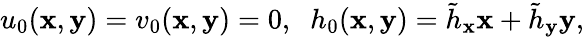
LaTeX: u_{0}(\mathbf{x},\mathbf{y})=v_{0}(\mathbf{x},\mathbf{y})=0,\; \; h_{0}(\mathbf{x},\mathbf{y})=\tilde{{h}}_{\mathbf{x}}\mathbf{x}+\tilde{{h}}_{\mathbf{y}}\mathbf{y},